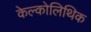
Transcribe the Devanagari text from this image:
केल्कोलिथिक